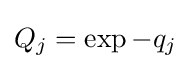
Q_{j}=\exp -q_{j}